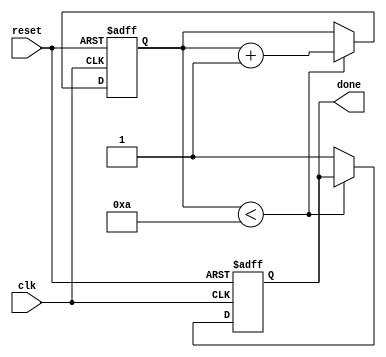
module for_loop (
    input wire clk,
    input wire reset,
    output reg done
);

reg [7:0] counter;

always @ (posedge clk or posedge reset) begin
    if (reset) begin
        counter <= 8'h00;
        done <= 1'b0;
    end else if (counter < 8'h0A) begin
        // Your Verilog statements to be executed in each iteration
        // Example: 
        // out <= in1 + in2;
        counter <= counter + 1;
    end else begin
        done <= 1'b1;
    end
end

endmodule